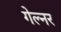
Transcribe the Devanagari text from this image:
गेल्नर